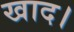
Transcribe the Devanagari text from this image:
खाद।